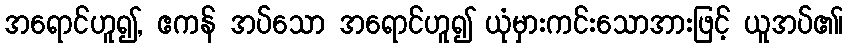
အရောင်ဟူ၍, ဧကန် အပ်သော အရောင်ဟူ၍ ယုံမှားကင်းသောအားဖြင့် ယူအပ်၏၊